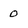
Character: 0